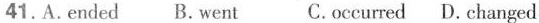
41.A.ended B.went C.occurred D. changed